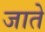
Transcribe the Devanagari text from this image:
जातेे